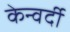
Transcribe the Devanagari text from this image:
केन्वर्दी